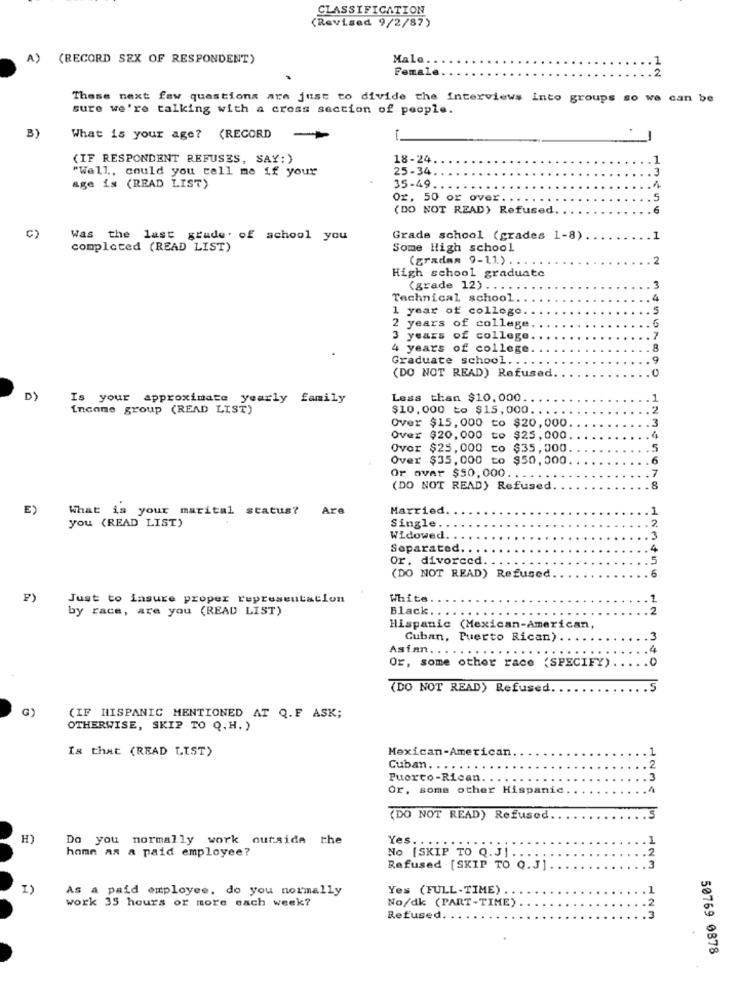
CLASSIFICATION
(Revised 9/2/87)
A)
(RECORD SEX OF RESPONDENT)
Male.
Female.
.2
These next few questions are just to divide the interviews into groups so we can be
sure we're talking with a cross section of people.
3)
What is your age? (RECORD
(IF RESPONDENT REFUSES, SAY:)
18-24
1
"Well, could you tell me if your
25-34
35-49
.3
age is (READ LIST)
.1
Oz, 50 or over.
5
(DO NOT READ) Refused
.6
Was the last grade. of school you
Grade school (grades 1-8)
.1
completed (READ LIST)
Some High school
(gradan 9-11)
. 2
High school graduate
(grade 12).
.
3
Technical school.
1 year of college
2 years of college
3 years of college
7
4 years of college
Graduate school ......
(DO NOT READ) Refused.
D)
Is your approximate yearly family
Less than $10,000
Income group (READ LIST)
$10,000 to $15,000 ..
Over $15,000 to $20,000
Over $20,000
to $25,000
...
Over $25,000
to
$35,000.
5
Over $35,000 to $50,000
6
Or over $50, 000 . . . . . .
(DO NOT READ) Refused
8
12345678
E)
What is your marital status?
Are
Married.
1
you (READ LIST)
2.
Single ..
Widowed ..
3
Separated
4
Or. divorced.
5
6
(DO NOT READ) Refused
F)
Just to insure proper representation
White
1
by race, are you (READ LIST)
2
Black . .......
Hispanic (Mexican-American,
Cuban, Puerto Rican).
3
Asian. .....
4
Or, some other race (SPECIFY)
0
(DO NOT READ) Refused
(IF HISPANIC MENTIONED AT Q.F ASK;
OTHERWISE, SKIP TO Q. H. )
Is that (READ LIST)
Mexican-American
Cuban. .
Puerto-Rican.
Or, some other Hispanic
(DO NOT READ) Refused.
H)
Do you normally work outside the
Yes. . .
home as a naid employee?
No [SKIP TO Q.J] ..
Refused [SKIP TO Q.J]
123
1)
As a paid employee, do you normally
Yes (FULL-TIME) ..
work 35 hours or more each week?
No/dk (PART-TIME)
Refused
123
50769 0878